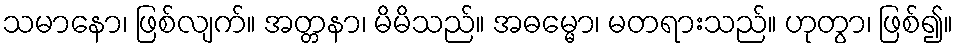
သမာနော၊ ဖြစ်လျက်။ အတ္တနာ၊ မိမိသည်။ အဓမ္မော၊ မတရားသည်။ ဟုတွာ၊ ဖြစ်၍။